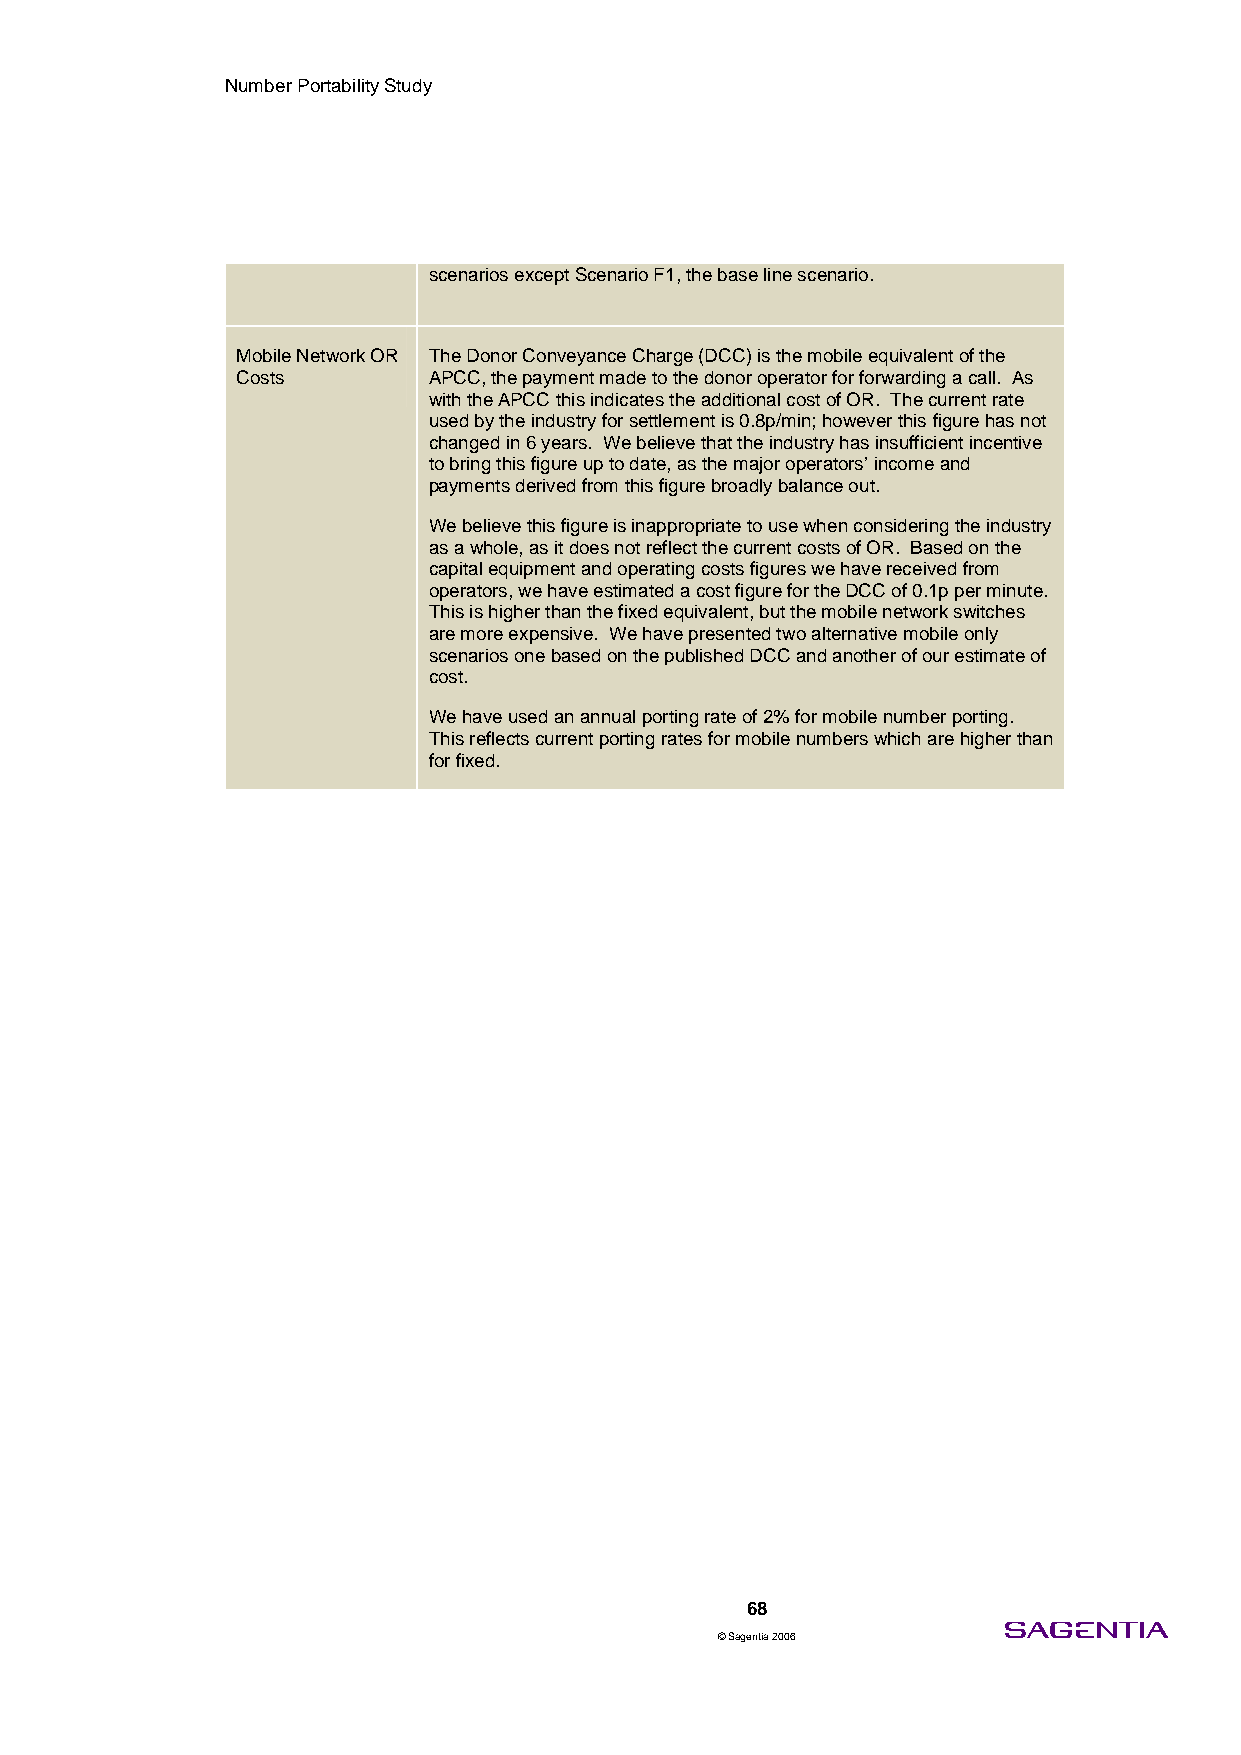
Number Portability Study
 scenarios except Scenario F1, the base line scenario.
 Mobile Network OR The Donor Conveyance Charge (DCC) is the mobile equivalent of the
 Costs       APCC, the payment made to the donor operator for forwarding a call. As
 with the APCC this indicates the additional cost of OR. The current rate
 used by the industry for settlement is 0.8p/min; however this figure has not
 changed in 6 years. We believe that the industry has insufficient incentive
 to bring this figure up to date, as the major operators’ income and
 payments derived from this figure broadly balance out.
 We believe this figure is inappropriate to use when considering the industry
 as a whole, as it does not reflect the current costs of OR. Based on the
 capital equipment and operating costs figures we have received from
 operators, we have estimated a cost figure for the DCC of 0.1p per minute.
 This is higher than the fixed equivalent, but the mobile network switches
 are more expensive. We have presented two alternative mobile only
 scenarios one based on the published DCC and another of our estimate of
 cost.
 We have used an annual porting rate of 2% for mobile number porting.
 This reflects current porting rates for mobile numbers which are higher than
 for fixed.
 68
 © Sagentia 2006